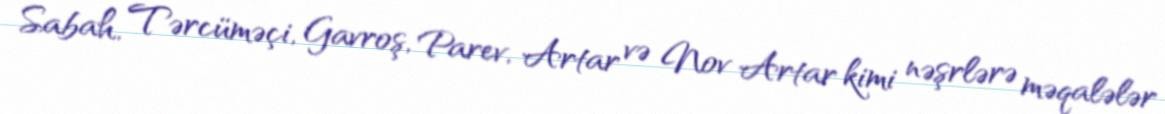
Sabah, Tərcüməçi, Gavroş, Parev, Artar və Nov Artar kimi nəşrlərə məqalələr